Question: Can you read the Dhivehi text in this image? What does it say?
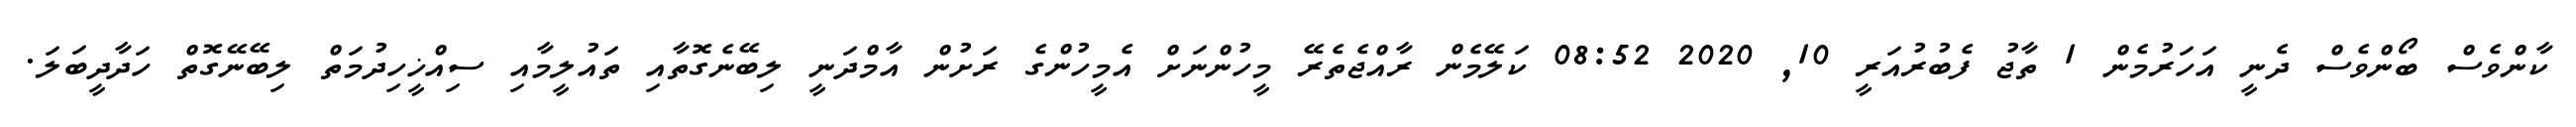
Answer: ކާންވެސް ބޯންވެސް ދެނީ އަހަރުމެން 1 ތާޖު ފެބުރުއަރީ 10, 2020 08:52 ކަލޭމެން ރާއްޖެތެރޭ މީހުންނަށް އެމީހުންގެ ރަށުން އާމްދަނީ ލިބޭނެގޮތާއި ތައުލީމާއި ސިއްޚީހިދުމަތް ލިބޭނޭގޮތް ހަދާދީބަލަ.